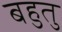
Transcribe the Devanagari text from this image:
बहुतु